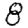
Digit: 8